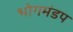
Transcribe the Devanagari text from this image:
भोगमंडप